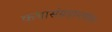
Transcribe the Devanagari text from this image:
कथासंग्रहामधील